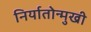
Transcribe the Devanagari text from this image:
निर्यातोन्मुखी